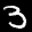
Label: 3